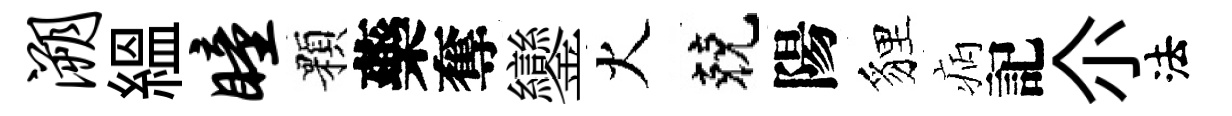
溯緼瞳顆藥奪鑾火兢陽貍病記尒法